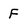
Character: F